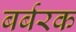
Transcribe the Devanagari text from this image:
बर्बरक